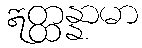
ဣတ္ထန္နာမာ